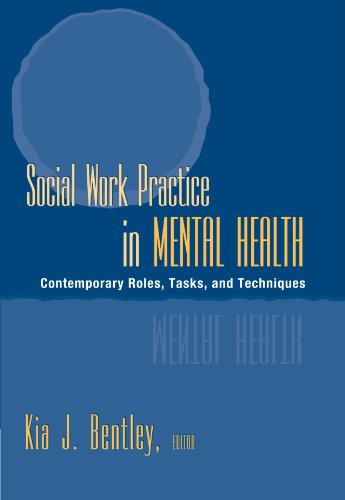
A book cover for Social Work Practice in Mental Health: Contemporary Roles, Tasks, and Techniques (Mental Health Practice); Kia J. Bentley; Medical Books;